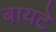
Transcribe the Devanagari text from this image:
बायटे